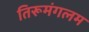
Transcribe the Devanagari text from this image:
तिरूमंगलम